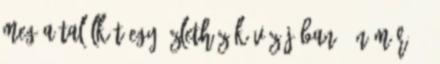
meg a találkát egy üzletház kávézójában. Én már 10